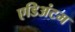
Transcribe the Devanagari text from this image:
एडिअंटम